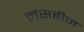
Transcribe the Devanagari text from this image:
लसहीन